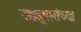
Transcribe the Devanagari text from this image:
जादुगारांच्या